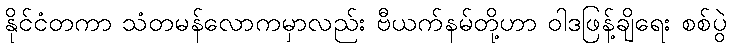
နိုင်ငံတကာ သံတမန်လောကမှာလည်း ဗီယက်နမ်တို့ဟာ ဝါဒဖြန့်ချိရေး စစ်ပွဲ